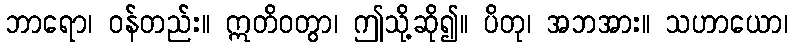
ဘာရော၊ ဝန်တည်း။ ဣတိဝတွာ၊ ဤသို့ဆို၍။ ပိတု၊ အဘအား။ သဟာယော၊